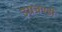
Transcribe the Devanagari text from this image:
उग्रचण्डी